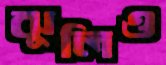
ঝুলিও